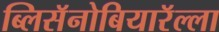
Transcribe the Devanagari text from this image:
ब्लिसॅनोबियारॅल्ला